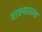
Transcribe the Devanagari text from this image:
वाक्यातला